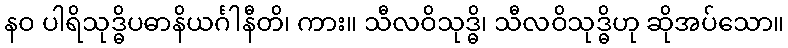
နဝ ပါရိသုဒ္ဓိပဓာနိယင်္ဂါနီတိ၊ ကား။ သီလဝိသုဒ္ဓိ၊ သီလဝိသုဒ္ဓိဟု ဆိုအပ်သော။